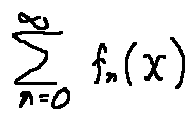
\sum \limits _ { n = 0 } ^ { \infty } f _ { n } ( x )